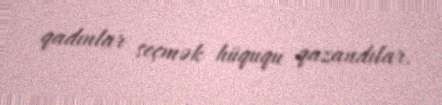
qadınlar seçmək hüququ qazandılar.